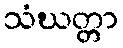
သံဃတ္တာ